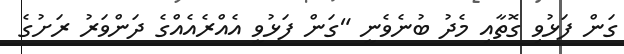
ގަން ފަޅުވި ގޮތާއި މެދު ބުނެވެނީ "ގަން ފަޅުވީ އެއްރެއެއްގެ ދަންވަރު ރަށުގެ